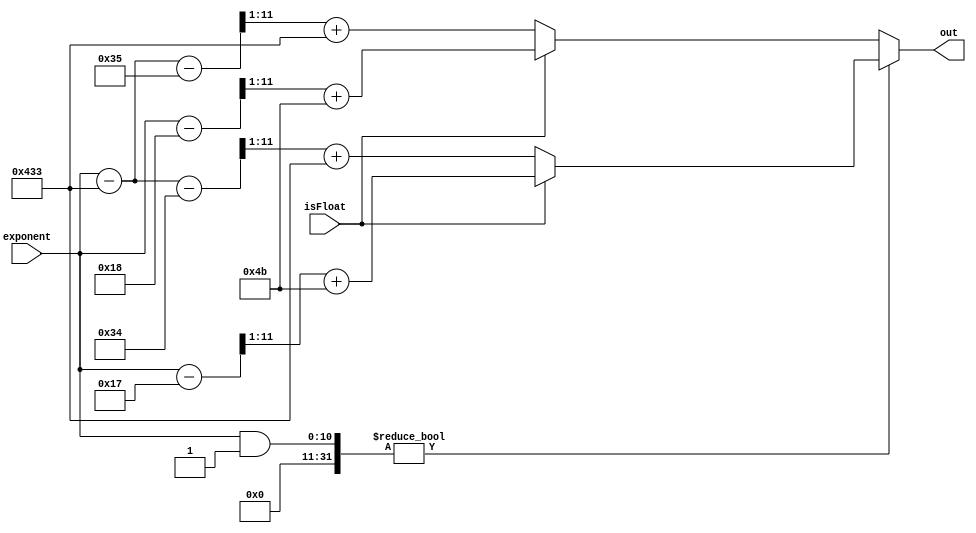

module ExponentSqrt (
        isFloat,
        exponent,
        out
  );
  parameter DOUBLE_PRECISION_ODD  = 11'd52,
            SINGLE_PRECISION_ODD  = 8'd23,
            DOUBLE_PRECISION_EVEN = 11'd53,
            SINGLE_PRECISION_EVEN = 8'd24,
            EXPONENT_SIZE         = 4'd11;


  // parameter SIZE = 4'd8;
  input     isFloat;
  input     [EXPONENT_SIZE - 1:0] exponent;
  output    [EXPONENT_SIZE - 1:0] out;

  assign    out = (exponent & 1) ? isFloat ? ((exponent - SINGLE_PRECISION_ODD) >> 1) + 8'd75 : ((exponent - 11'd1075 - DOUBLE_PRECISION_ODD) >> 1) + 11'd1075  : isFloat ? ((exponent - SINGLE_PRECISION_EVEN) >> 1) + 8'd75 : ((exponent - 1075 - DOUBLE_PRECISION_EVEN) >> 1) + 11'd1075;




endmodule